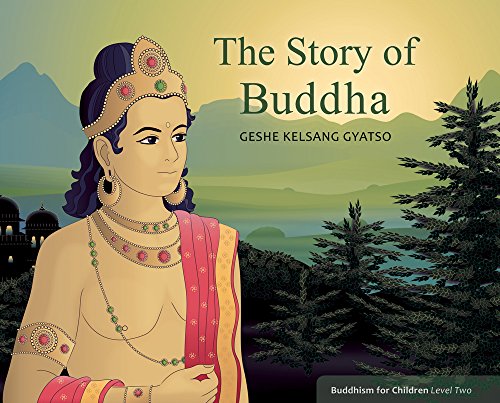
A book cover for The Story of Buddha: Buddhism for Children Level 2; Geshe Kelsang Gyatso; Children's Books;